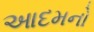
આદમનો